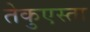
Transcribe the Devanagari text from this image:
तेकुएस्ता